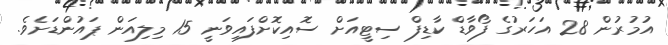
އުމުރުން 28 އަހަރުގެ ފޯވާޑް ކާޑިފް ސިޓީއަށް ސޮއިކޮށްފައިވަނީ 15 މިލިއަން ޕައުންޑަށެެވެ.